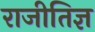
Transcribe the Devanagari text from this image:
राजीतिज्ञ